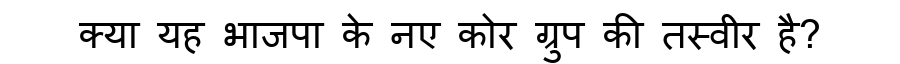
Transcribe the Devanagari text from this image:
क्या यह भाजपा के नए कोर ग्रुप की तस्वीर है?